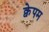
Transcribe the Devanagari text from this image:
क्वेपम